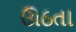
ઊઠતા